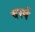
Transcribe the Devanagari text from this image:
वर्स्ष